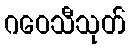
ဂဝေသီသုတ်